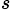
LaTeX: {}_{s\ }